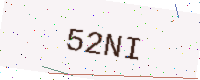
Text: 52NI